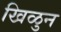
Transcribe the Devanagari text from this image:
खिळुन